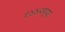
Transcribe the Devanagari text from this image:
१४४२च्या